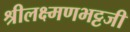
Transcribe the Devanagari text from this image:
श्रीलक्ष्मणभट्टजी